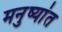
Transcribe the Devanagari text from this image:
मनुष्यांत